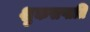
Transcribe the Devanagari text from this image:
शुकसप्तति